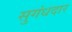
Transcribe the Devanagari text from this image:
सुगंधदार